38_143685_box_Incident_Summaries_101-172
Agency: Department of War
Page 159
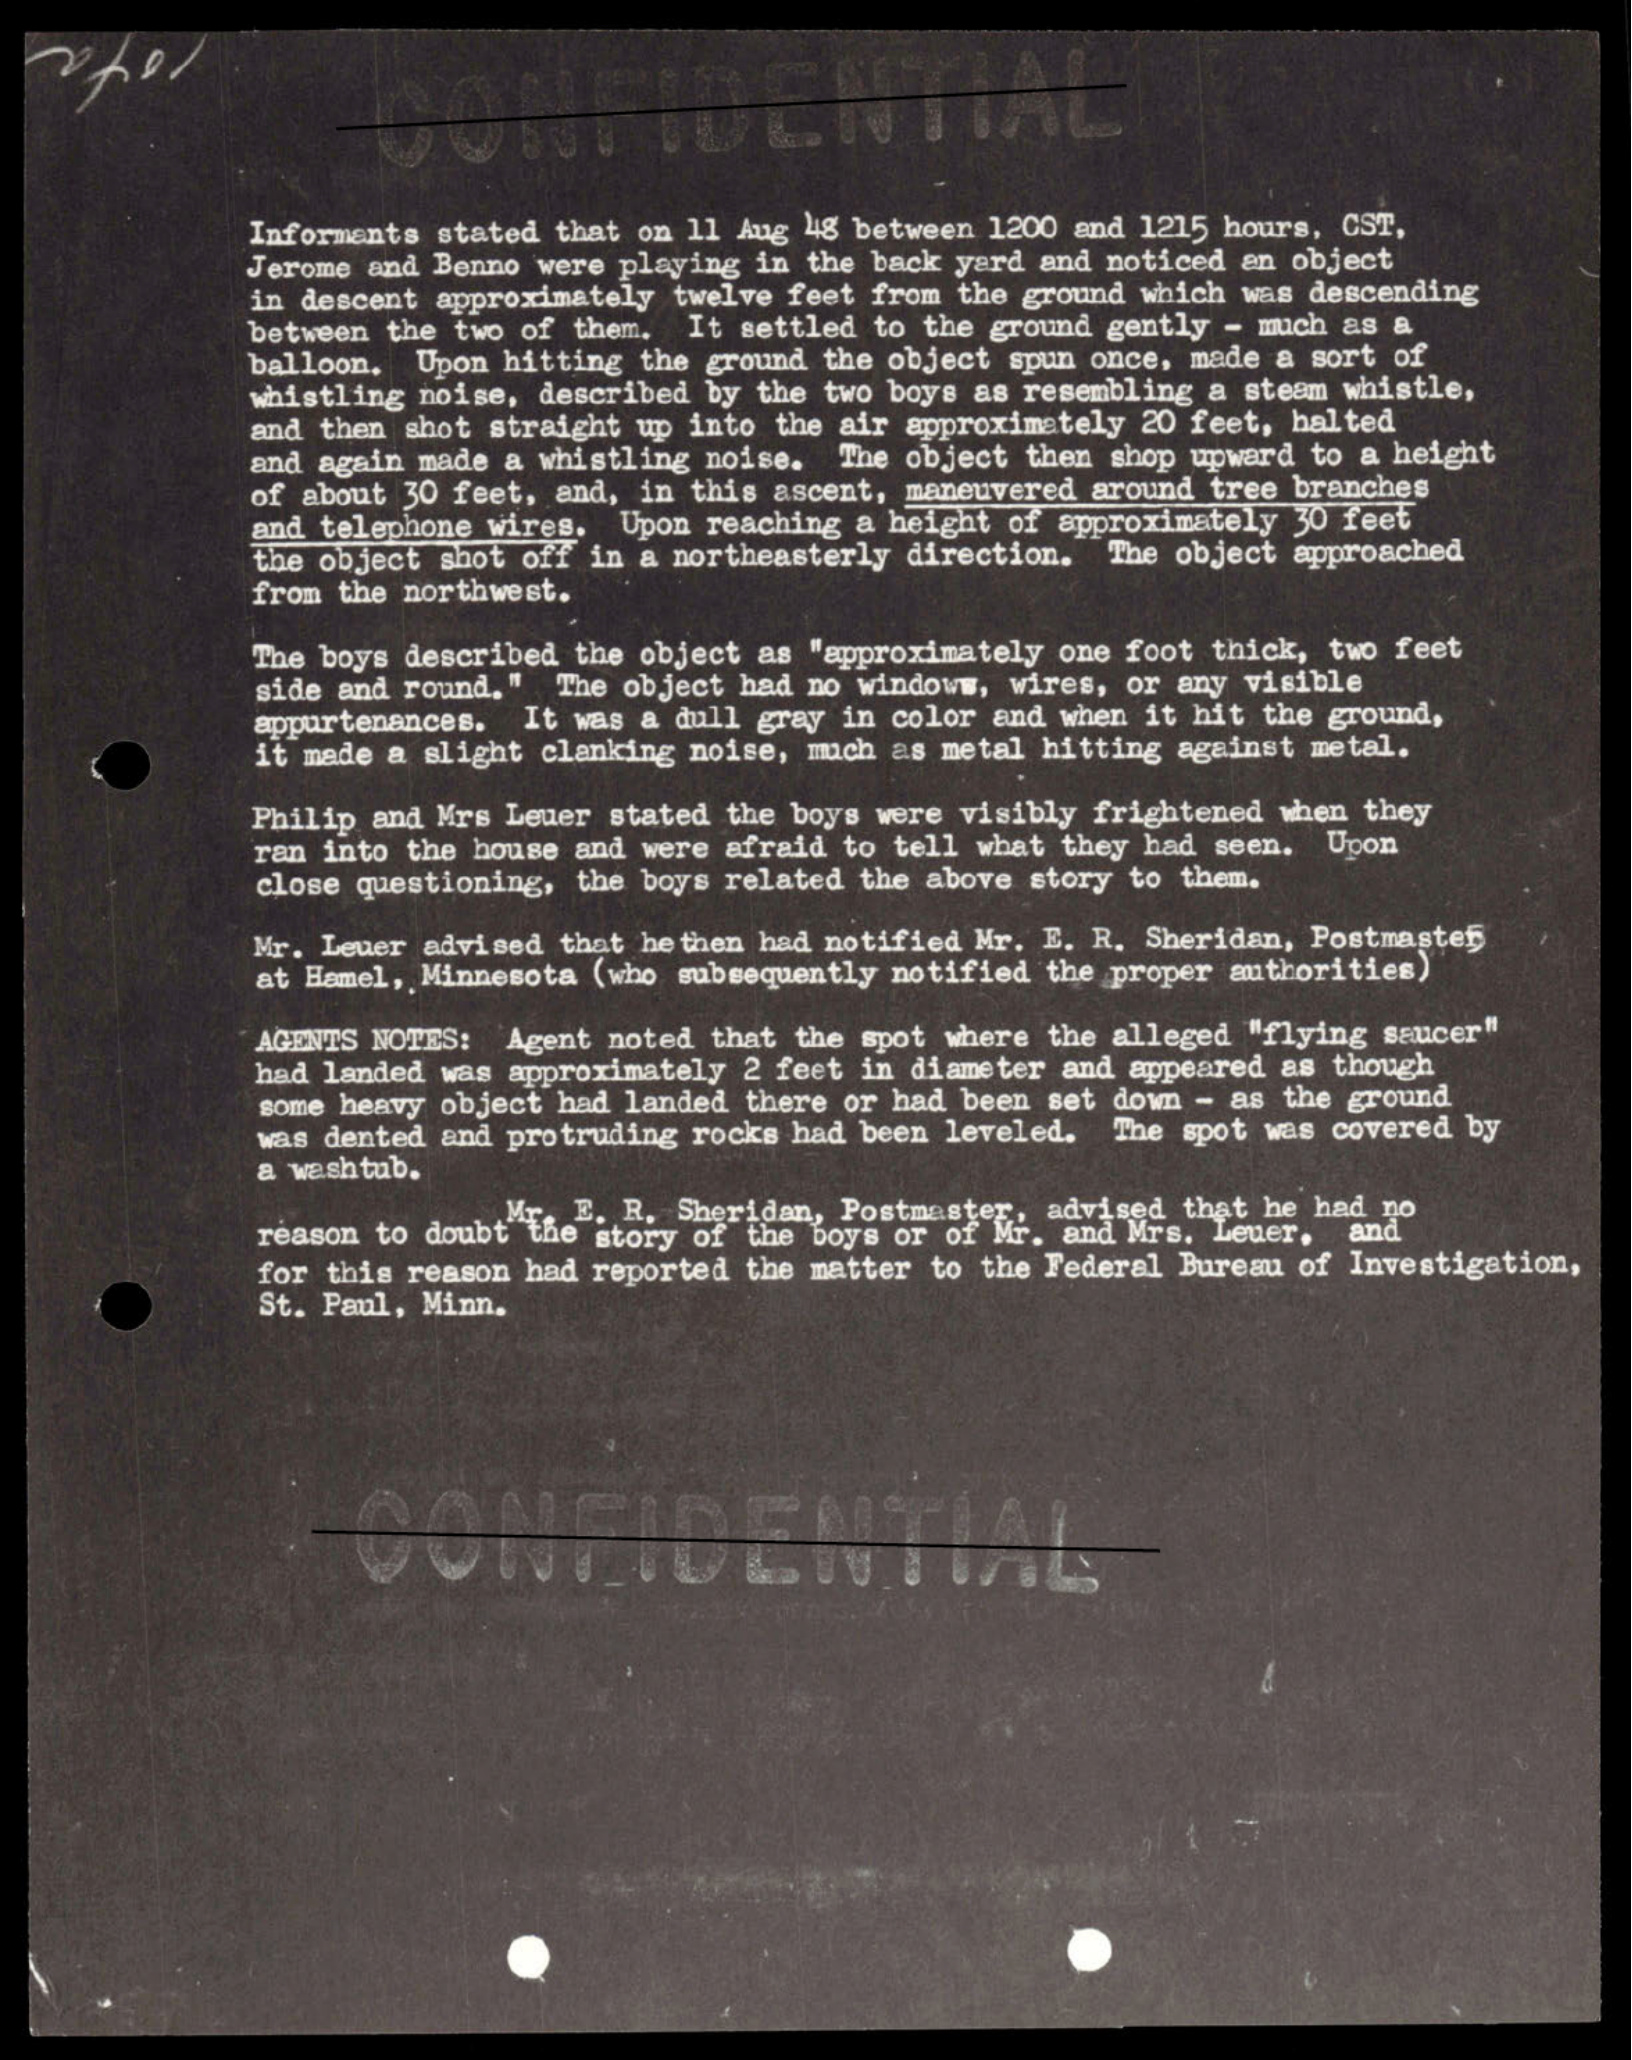